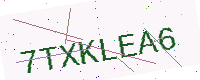
Text: 7TXKLEA6